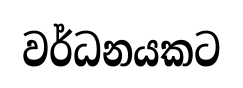
වර්ධනයකට